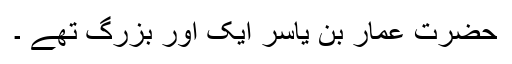
حضرت عمار بن یاسرؓ ایک اور بزرگ تھے ۔